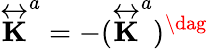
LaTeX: \overleftrightarrow{\mathbf{K}}^{a}=-(\overleftrightarrow{\mathbf{K}}^{a})^{\dag}